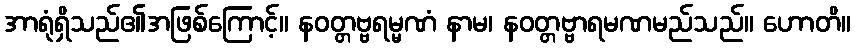
အာရုံရှိသည်၏အဖြစ်ကြောင့်။ နဝတ္တဗ္ဗရမ္မဏံ နာမ၊ နဝတ္တဗ္ဗာရမဏမည်သည်။ ဟောတိ။